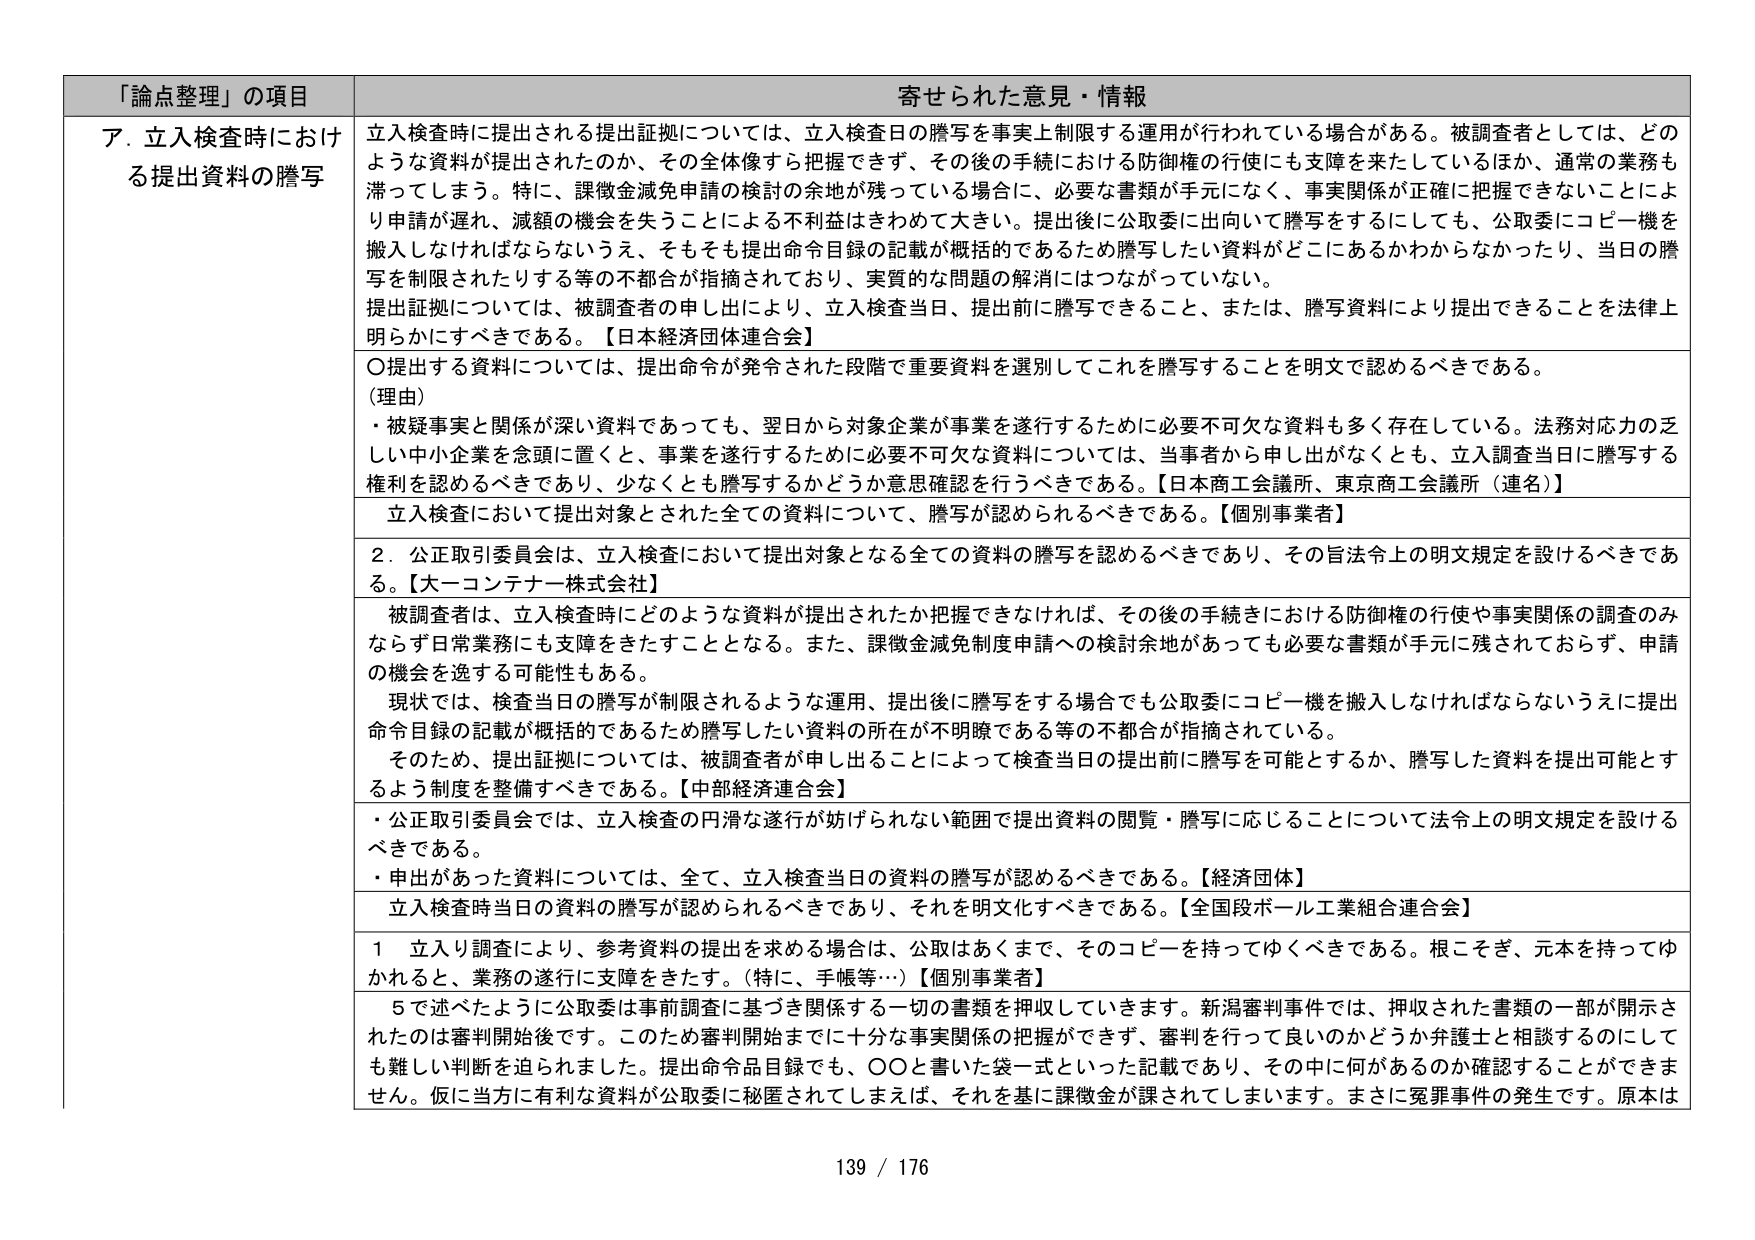
「論点整理」の項目 寄せられた意見・情報
ア．立入検査時における提出資料の謄写
立入検査時に提出される提出証拠については、立入検査日の謄写を事実上制限する運用が行われている場合がある。被調査者としては、どのような資料が提出されたのか、その全体像すら把握できず、その後の手続における防御権の行使にも支障を来たしているほか、通常の業務も滞ってしまう。特に、課徴金減免申請の検討の余地が残っている場合に、必要な書類が手元になく、事実関係が正確に把握できないことにより申請が遅れ、減額の機会を失うことによる不利益はきわめて大きい。提出後に公取委に出向いて謄写をするにしても、公取委にコピー機を搬入しなければならないうえ、そもそも提出命令目録の記載が概括的であるため謄写したい資料がどこにあるかわからなかったり、当日の謄写を制限されたりする等の不都合が指摘されており、実質的な問題の解消にはつながらっていない。
提出証拠については、被調査者の申し出により、立入検査当日、提出前に謄写できること、または、謄写資料により提出できることを法律上明らかにすべきである。【日本経済団体連合会】
〇提出する資料については、提出命令が発令された段階で重要資料を選別してこれを謄写することを明文で認めるべきである。
（理由）
・被疑事実と関係が深い資料であっても、翌日から対象企業が事業を遂行するために必要不可欠な資料も多く存在している。法務対応力の乏しい中小企業を念頭に置くと、事業を遂行するために必要不可欠な資料については、当事者から申し出がなくとも、立入調査当日に謄写する権利を認めるべきであり、少なくとも謄写するかどうか意思確認を行うべきである。【日本商工会議所、東京商工会議所（連名）】
立入検査において提出対象とされた全ての資料について、謄写が認められるべきである。【個別事業者】
２．公正取引委員会は、立入検査において提出対象となる全ての資料の謄写を認めるべきであり、その旨法令上の明文規定を設けるべきである。【大一コンテナ株式会社】
被調査者は、立入検査時にどのような資料が提出されたか把握できなければ、その後の手続における防御権の行使や事実関係の調査のみならず日常業務にも支障をきたすこととなる。また、課徴金減免制度申請への検討余地があっても必要な書類が手元に残されておらず、申請の機会を逸する可能性もある。
現状では、検査当日の謄写が制限されるような運用、提出後に謄写をする場合でも公取委にコピー機を搬入しなければならないうえに提出命令目録の記載が概括的であるため謄写したい資料の所在が不明瞭である等の不都合が指摘されている。
そのため、提出証拠については、被調査者が申し出ることによって検査当日の提出前に謄写を可能とするか、謄写した資料を提出可能とするよう制度を整備すべきである。【中部経済連合会】
・公正取引委員会では、立入検査の円滑な遂行が妨げられない範囲で提出資料の閲覧・謄写に応じることについて法令上の明文規定を設けるべきである。
・申出があった資料については、全て、立入検査当日の資料の謄写が認めるべきである。【経済団体】
立入検査時当日の資料の謄写が認められるべきであり、それを明文化すべきである。【全国段ボール工業組合連合会】
１ 立入り調査により、参考資料の提出を求める場合は、公取はあくまで、そのコピーを持ってゆくべきである。根こそぎ、元本を持ってゆかれると、業務の遂行に支障をきたす。（特に、手帳等…）【個別事業者】
５で述べたように公取委は事前調査に基づき関係する一切の書類を押収していきます。新潟審判事件では、押収された書類の一部が開示されたのは審判開始後です。このため審判開始までに十分な事実関係の把握ができず、審判を行って良いのかどうか弁護士と相談するのにも難しい判断を迫られました。提出命令品目録でも、〇〇と書いた袋一式といった記載であり、その中に何があるのか確認することができません。仮に当方に有利な資料が公取委に秘匿されてしまえば、それを基に課徴金が課されてしまいます。まさに冤罪事件の発生です。原本は
139 / 176